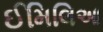
ઈમિલિઆ